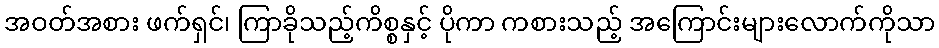
အဝတ်အစား ဖက်ရှင်၊ ကြာခိုသည့်ကိစ္စနှင့် ပိုကာ ကစားသည့် အကြောင်းများလောက်ကိုသာ